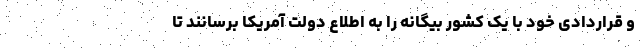
و قراردادی خود با یک کشور بیگانه را به اطلاع دولت آمریکا برسانند تا